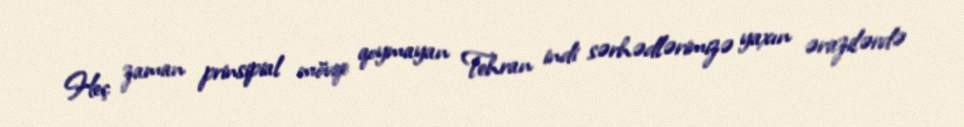
Heç zaman prinsipial mövqe qoymayan Tehran indi sərhədlərimizə yaxın ərazilərdə